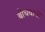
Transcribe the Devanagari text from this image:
बोधवानों